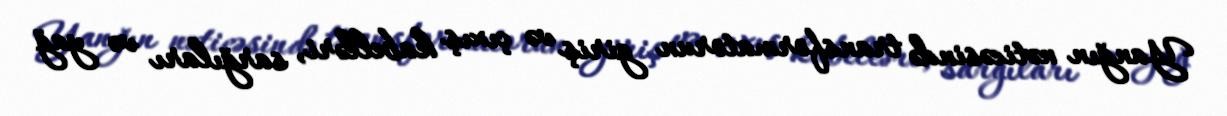
Yanğın nəticəsində transformatorun giriş və çıxış kabelləri, sarğıları və yağ